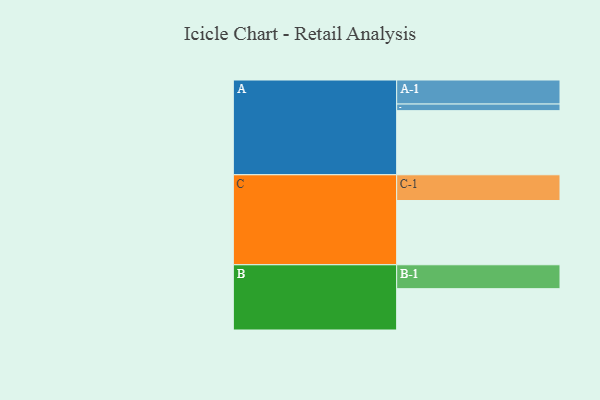
{"axis": {"x": "Segment", "y": "Value"}, "legend": ["", "A", "B", "C"], "data": [{"x": "A", "y": 523, "type": ""}, {"x": "B", "y": 337, "type": ""}, {"x": "C", "y": 524, "type": ""}, {"x": "A-1", "y": 196, "type": "A"}, {"x": "A-2", "y": 54, "type": "A"}, {"x": "B-1", "y": 195, "type": "B"}, {"x": "C-1", "y": 210, "type": "C"}]}